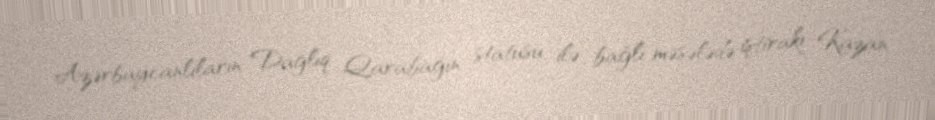
Azərbaycanlıların Dağlıq Qarabağın statusu ilə bağlı məsələdə iştirakı Kazan